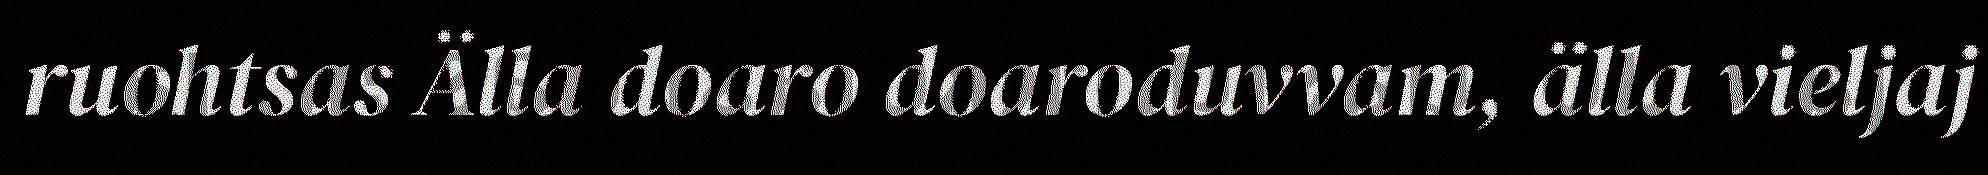
ruohtsas Älla doaro doaroduvvam, älla vieljaj